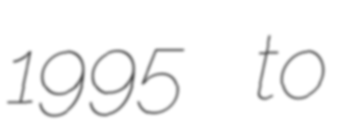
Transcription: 1995 to